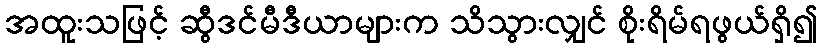
အထူးသဖြင့် ဆွီဒင်မီဒီယာများက သိသွားလျှင် စိုးရိမ်ရဖွယ်ရှိ၍